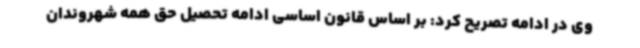
وی در ادامه تصریح کرد: بر اساس قانون اساسی ادامه تحصیل حق همه شهروندان